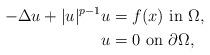
LaTeX: \begin{align*}-\Delta u + |u|^{p-1}u & = f(x)\,\,\mbox{in}\,\,\Omega,\\u & = 0\,\,\mbox{on}\,\,\partial\Omega,\end{align*}